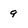
Character: 9